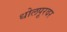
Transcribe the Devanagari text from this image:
धोलपूरवर